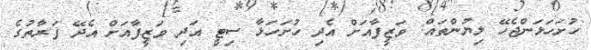
ހުށަހަޅަންޖެހޭ ލިޔުންތައް: ވަޒީފާއަށް އެދި ހުށަހަޅާ ސިޓީ އަދި ވަޒީފާއަށް އެދޭ ފަރާތުގެ